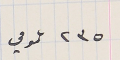
٢٣٥ عمومي